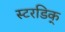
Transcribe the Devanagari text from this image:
स्टरडिक्